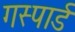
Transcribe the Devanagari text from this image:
गस्पार्ड